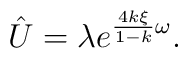
\hat U=\lambda e^{\frac{4k\xi}{1-k}\omega}.